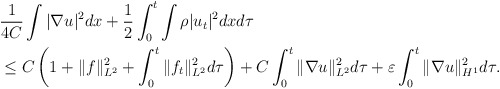
\begin{align*}\begin{aligned}&\frac{1}{4C}\int |\nabla u|^2dx+\frac{1}{2}\int_0^t\int \rho |u_t|^2 dxd\tau\\& \le C\left(1+\|f\|_{L^2}^2+\int_0^t \|f_t\|_{L^2}^2 d\tau\right)+C\int_0^t \|\nabla u\|_{L^2}^2 d\tau +\varepsilon \int_0^t \|\nabla u\|_{H^1}^2 d\tau.\end{aligned}\end{align*}